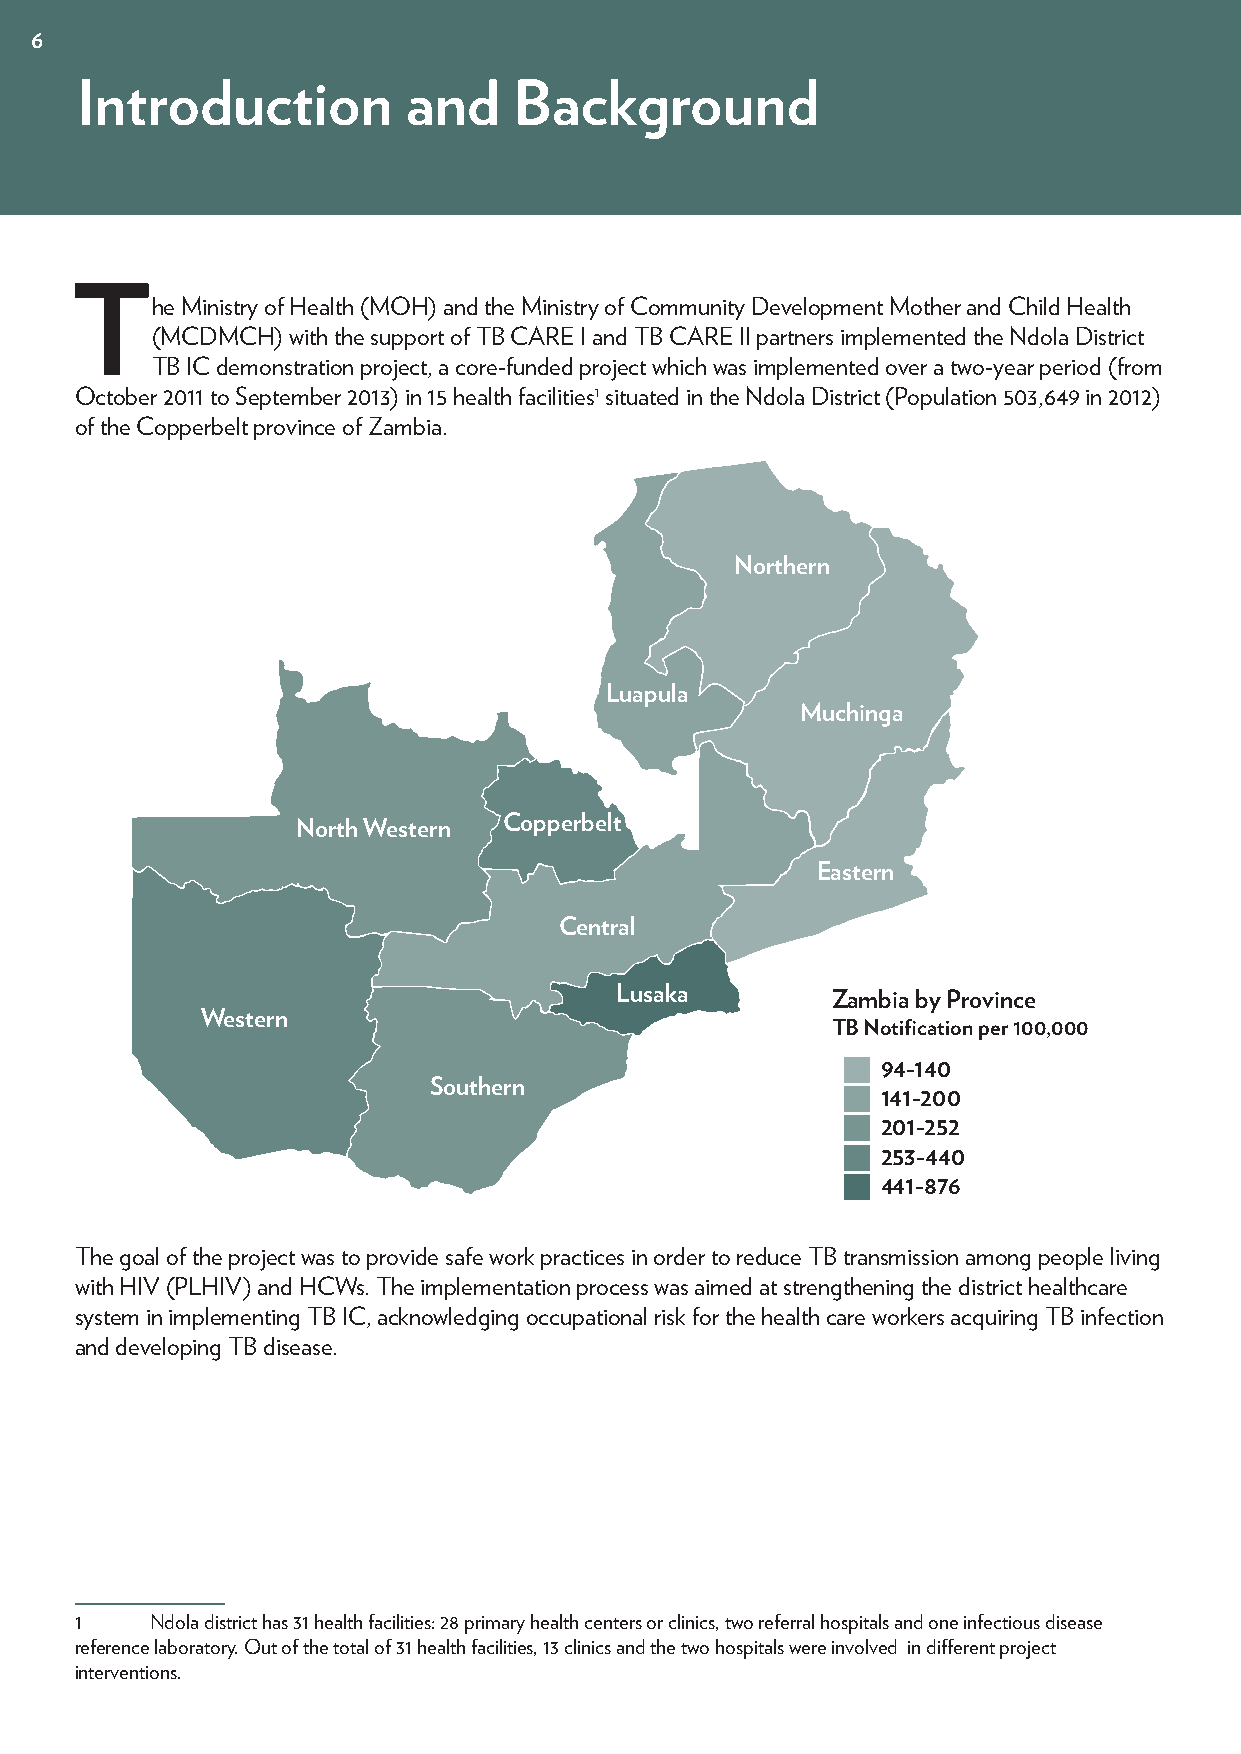
6
 Introduction          and    Background
 T
 he Ministry of Health (MOH) and the Ministry of Community Development Mother and Child Health
 (MCDMCH) with the support of TB CARE I and TB CARE II partners implemented the Ndola District
 TB IC demonstration project, a core-funded project which was implemented over a two-year period (from
 October 2011 to September 2013) in 15 health facilities1 situated in the Ndola District (Population 503,649 in 2012)
 of the Copperbelt province of Zambia.
 Northern
 Luapula
 Muchinga
 North Western Copperbelt
 Eastern
 Central
 Lusaka        Zambia by Province
 Western
 TB Notification per 100,000
 94-140
 Southern
 141-200
 201-252
 253-440
 441-876
 The goal of the project was to provide safe work practices in order to reduce TB transmission among people living
 with HIV (PLHIV) and HCWs. The implementation process was aimed at strengthening the district healthcare
 system in implementing TB IC, acknowledging occupational risk for the health care workers acquiring TB infection
 and developing TB disease.
 1    Ndola district has 31 health facilities: 28 primary health centers or clinics, two referral hospitals and one infectious disease
 reference laboratory. Out of the total of 31 health facilities, 13 clinics and the two hospitals were involved in different project
 interventions.